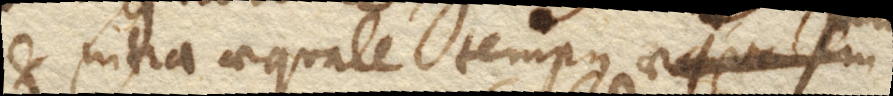
et intra aequale tempus aequalem